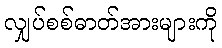
လျှပ်စစ်ဓာတ်အားများကို